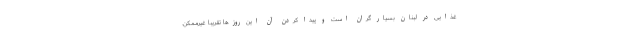
غذایی در لبنان بسیار گران است و پیدا کردن آن این روزها تقریبا غیرممکن.